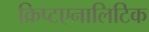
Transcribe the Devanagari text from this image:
क्रिप्टएनालिटिक